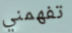
تفهمني